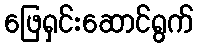
ဖြေရှင်းဆောင်ရွက်